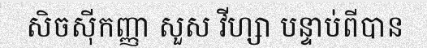
សិចស៊ីកញ្ញា សួស វីហ្សា បន្ទាប់ពីបាន